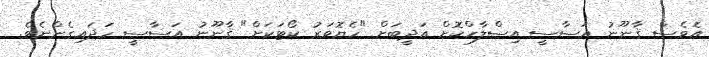
އެވެސް ޤާނޫނު އަސާސީ އިސްލާހްކޮށް އަދީބަށް "ހެޔޮވަރު ކޯޓަކަށް" ޤާނޫނު އަސާސީ ހަދައިގެންނެވެ.